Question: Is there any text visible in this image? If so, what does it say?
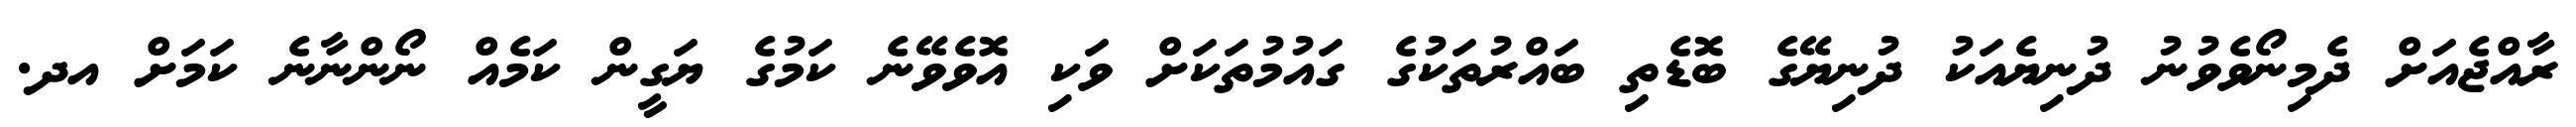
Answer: ރާއްޖެއަށް ދެމިނޯވެވުނު ދުނިޔެއަކު ދުނިޔޭގެ ބޮޑެތި ބައްރުތަކުގެ ގައުމުތަކަށް ވަކި އޮވެވޭނެ ކަމުގެ ޔަގީން ކަމެއް ނޯންނާނެ ކަމަށް އދ.